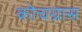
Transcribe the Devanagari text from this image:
कोचग्रास